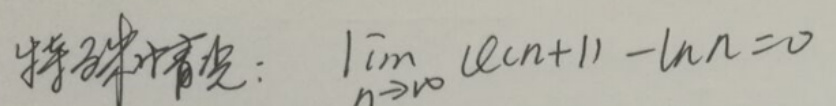
$$\lim_{n \to \infty} (\ln(n + 1)-\ln n)=0$$